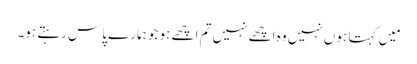
مَیں کہتا ہوں نہیں وہ اچھے نہیں تم اچھے ہو جو ہمارے پاس رہتے ہو۔